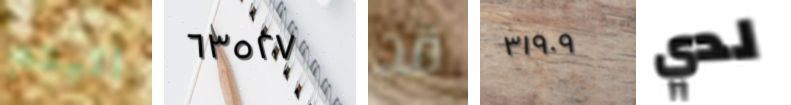
اتيتم ٦٣٥٢٧ قد ٣١٩٠٩ لدي